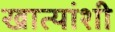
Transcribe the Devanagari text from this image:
खात्यांशी